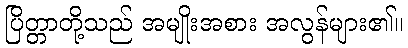
ပြိတ္တာတို့သည် အမျိုးအစား အလွန်များ၏။